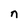
Character: n